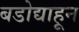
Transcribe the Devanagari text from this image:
बडोद्याहून